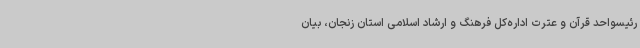
رئیسواحد قرآن و عترت اداره‌کل فرهنگ و ارشاد اسلامی استان زنجان، بیان